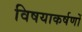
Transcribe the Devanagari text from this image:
विषयाकर्षणों